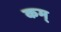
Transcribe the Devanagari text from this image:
कम्‌